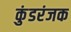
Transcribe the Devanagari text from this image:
कुंडरंजक